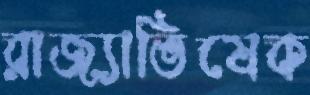
রাজ্যাভিষেক